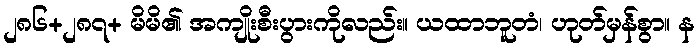
၂၈၆+၂၈၇+ မိမိ၏ အကျိုးစီးပွားကိုလည်း။ ယထာဘူတံ၊ ဟုတ်မှန်စွာ။ န